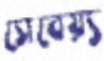
সেবেয়্য